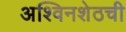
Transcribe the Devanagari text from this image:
अश्विनशेठची